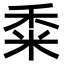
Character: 𥞫